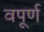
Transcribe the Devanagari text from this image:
वपूर्ण